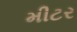
મીટર